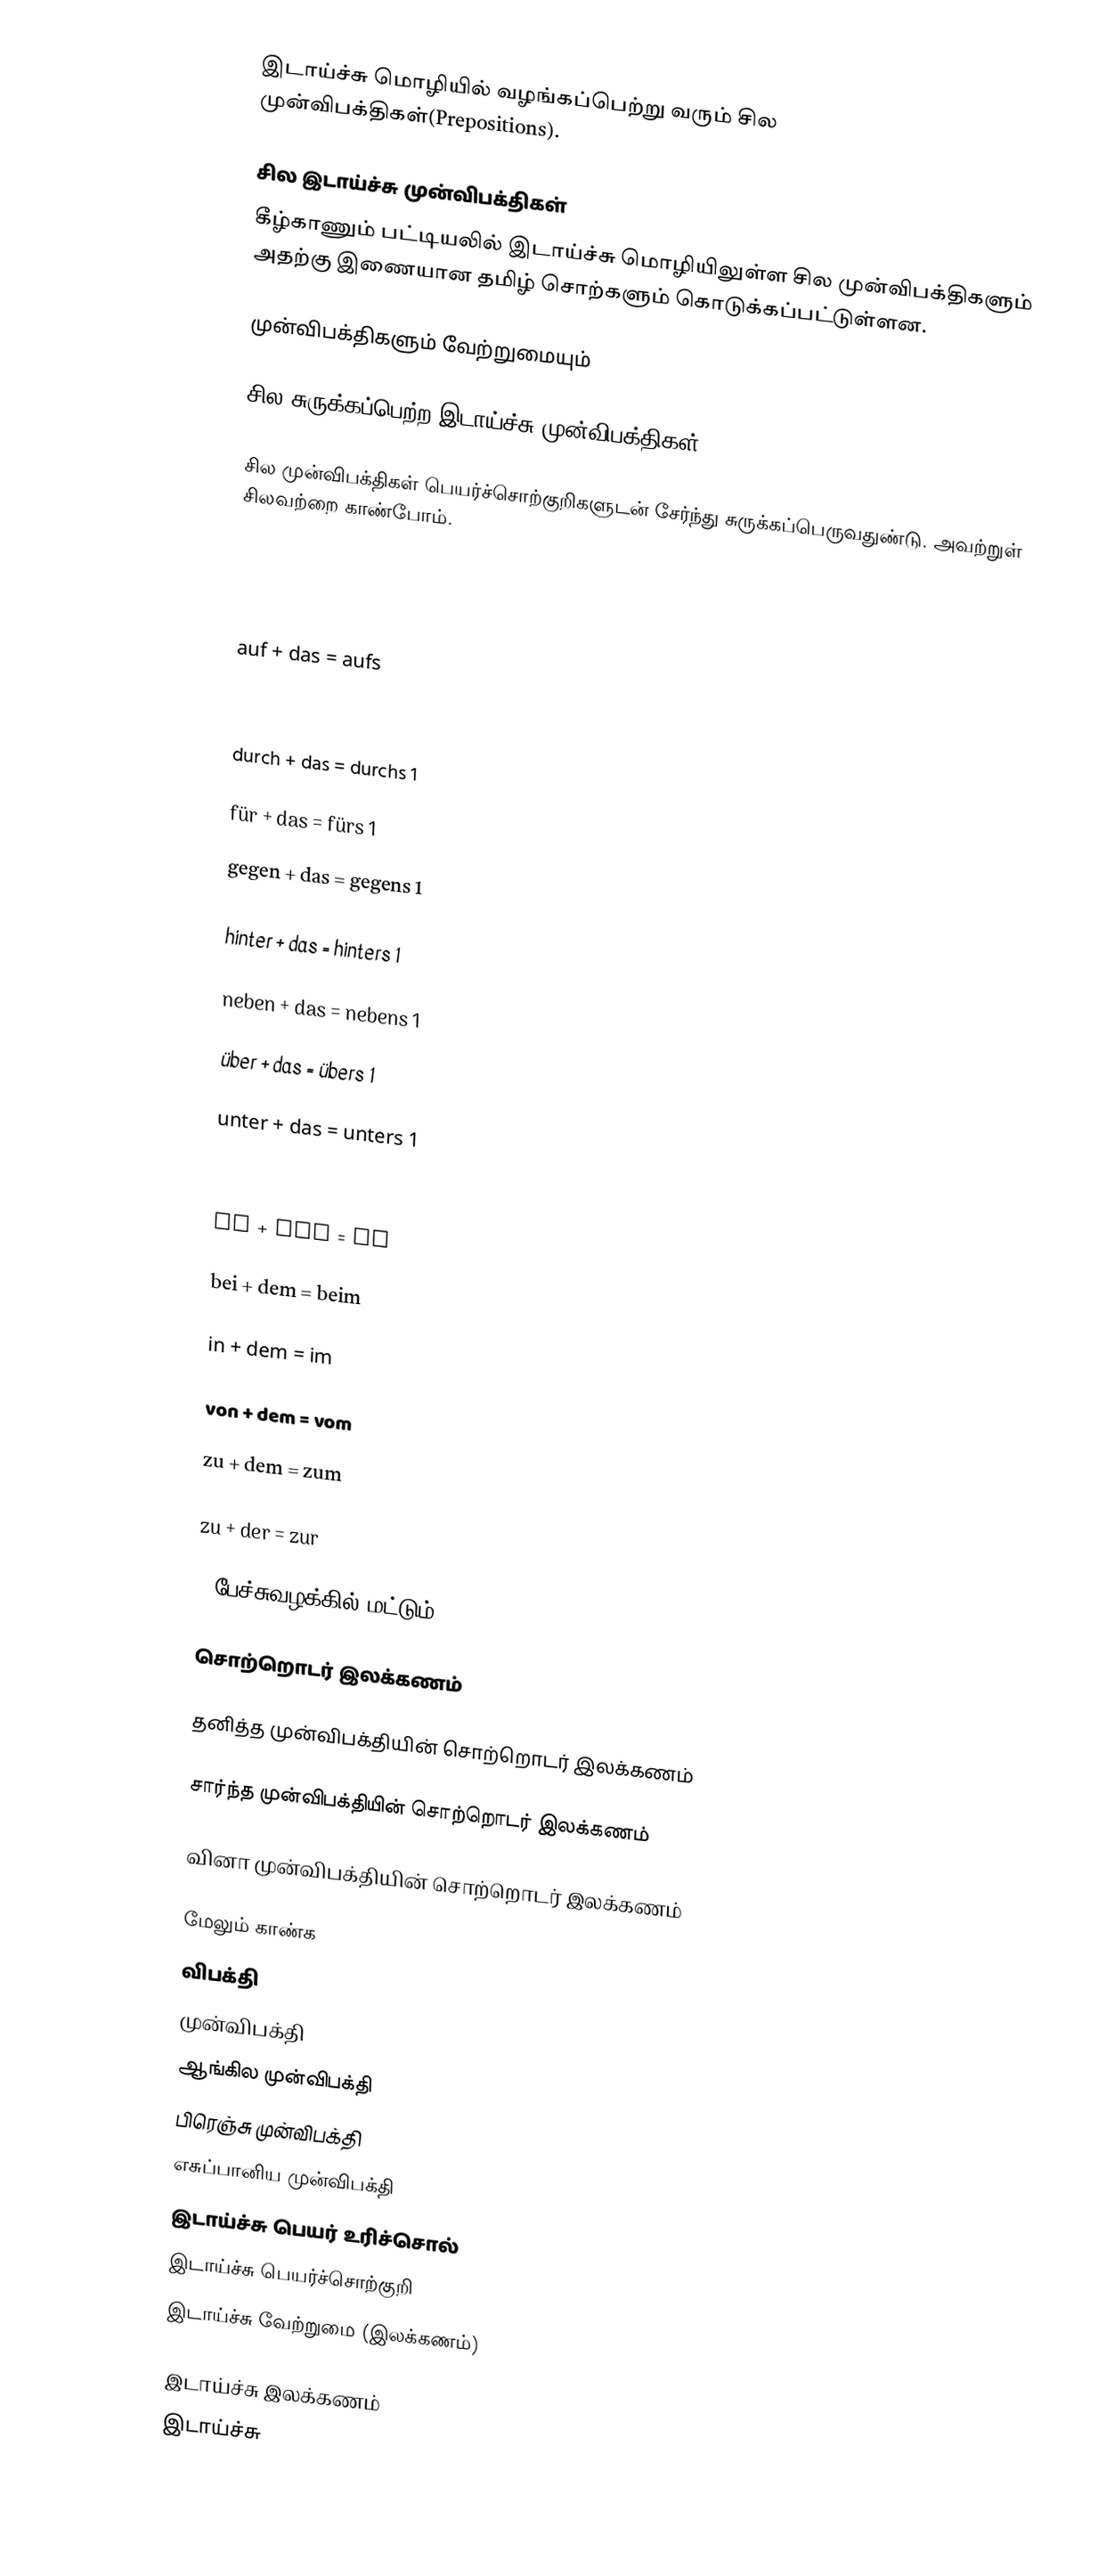
இடாய்ச்சு மொழியில் வழங்கப்பெற்று வரும் சில முன்விபக்திகள்(Prepositions).

சில இடாய்ச்சு முன்விபக்திகள்
கீழ்காணும் பட்டியலில் இடாய்ச்சு மொழியிலுள்ள சில முன்விபக்திகளும் அதற்கு இணையான தமிழ் சொற்களும் கொடுக்கப்பட்டுள்ளன.

முன்விபக்திகளும் வேற்றுமையும்

சில சுருக்கப்பெற்ற இடாய்ச்சு முன்விபக்திகள்

சில முன்விபக்திகள் பெயர்ச்சொற்குறிகளுடன் சேர்ந்து சுருக்கப்பெருவதுண்டு. அவற்றுள் சிலவற்றை காண்போம்.

an + das = ans

in + das = ins

auf + das = aufs

um + das = ums

durch + das = durchs  1

für + das = fürs  1

gegen + das = gegens  1

hinter + das = hinters  1

neben + das = nebens  1

über + das = übers  1

unter + das = unters  1

vor + das = vors  1

an + dem = am

bei + dem = beim

in + dem = im

von + dem = vom

zu + dem = zum

zu + der = zur

 1  பேச்சுவழக்கில் மட்டும்

சொற்றொடர் இலக்கணம்

தனித்த முன்விபக்தியின் சொற்றொடர் இலக்கணம்

சார்ந்த முன்விபக்தியின் சொற்றொடர் இலக்கணம்

வினா முன்விபக்தியின் சொற்றொடர் இலக்கணம்

மேலும் காண்க
 விபக்தி
 முன்விபக்தி
 ஆங்கில முன்விபக்தி
 பிரெஞ்சு முன்விபக்தி
 எசுப்பானிய முன்விபக்தி
 இடாய்ச்சு பெயர் உரிச்சொல்
 இடாய்ச்சு பெயர்ச்சொற்குறி
 இடாய்ச்சு வேற்றுமை (இலக்கணம்)

இடாய்ச்சு இலக்கணம்
இடாய்ச்சு